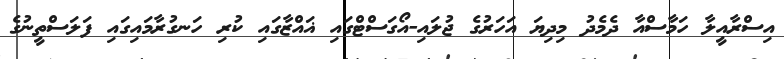
އިސްރާއީލާ ހަމާސްއާ ދެމެދު މިދިޔަ އަހަރުގެ ޖުލައި-އޯގަސްޓްގައި ޣައްޒާގައި ކުރި ހަނގުރާމައިގައި ފަލަސްތީނުގެ